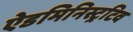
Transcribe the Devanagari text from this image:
ऐडमिनिस्ट्रटिव